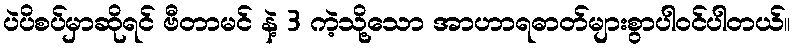
ပဲပိစပ်မှာဆိုရင် ဗီတာမင် နဲ့ 3 ကဲ့သို့သော အာဟာရဓာတ်များစွာပါဝင်ပါတယ်။